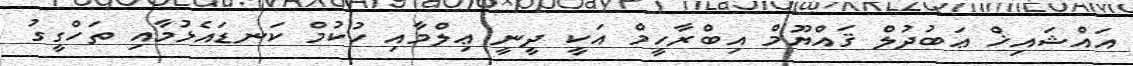
އައްޝައިޚް ޢަބުދުލް ޤައްޔޫމް އިބްރާހީމް އަކީ ދީނީ ޢިލްމާއި ހުކުމް ކަނޑައެޅުމާއި ތަހްގީގު